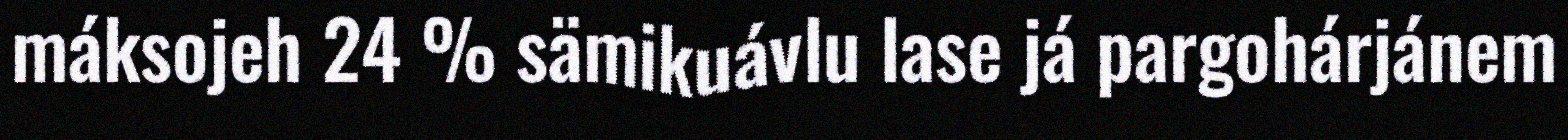
máksojeh 24 % sämikuávlu lase já pargohárjánem